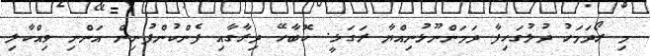
މި ރޯދަމަހު ދުލުގަހިފާ ދަމަންނޫޅުނިއްޔާ ރަގަޅީ. ކޮބާހޭ ދިރާގާއި ފެންކުންފުނިން އަންނި ވިއްކާލި